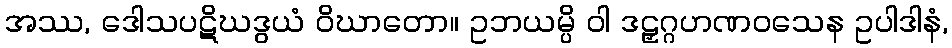
အဿ, ဒေါသပဋိဃဒွယံ ဝိဃာတော။ ဥဘယမ္ပိ ဝါ ဒဠှဂ္ဂဟဏဝသေန ဥပါဒါနံ,